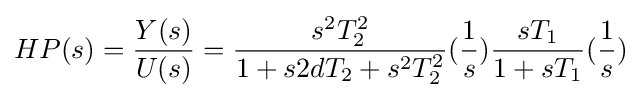
HP(s)={\frac {Y(s)}{U(s)}}={\frac {s^{2}T_{2}^{2}}{1+s2dT_{2}+s^{2}T_{2}^{2}}}({\frac {1}{s}}){\frac {sT_{1}}{1+sT_{1}}}({\frac {1}{s}})